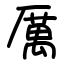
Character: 厲